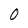
Character: 0